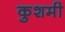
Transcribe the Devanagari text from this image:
कुशमी